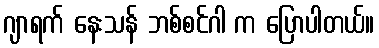
ဂျာရက် နေးသန် ဘစ်စင်ဂါ က ပြောပါတယ်။